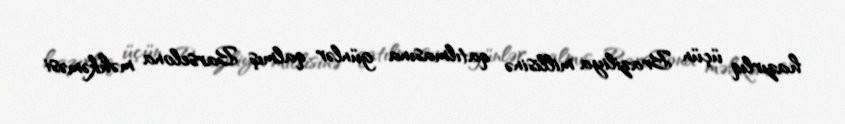
hazırlıq üçün Braziliya millisinə qatılmasına günlər qalmış Barselona məhkəməsi